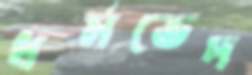
ধর্মভেদ